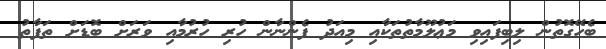
ބެހޭގޮތުން ލިބިފައިވި މަޢުލޫމާތުތަކާއި މިއަދު ފެންނާން ހުރި ހުރުމާއި ވަރަށް ބޮޑަށް ތަފާތު